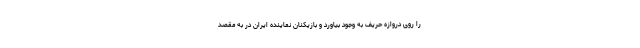
را روی دروازه حریف به وجود بیاورد و بازیکنان نماینده ایران در به مقصد